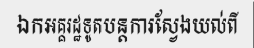
ឯកអគ្គរដ្ឋទូតបន្តការស្វែងយល់ពី